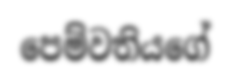
පෙම්වතියගේ